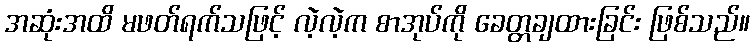
အဆုံးအထိ မဖတ်ရက်သဖြင့် လဲ့လဲ့က စာအုပ်ကို ခေတ္တချထားခြင်း ဖြစ်သည်။